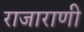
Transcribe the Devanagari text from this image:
राजाराणी